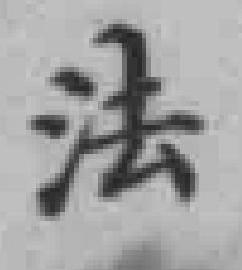
法